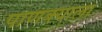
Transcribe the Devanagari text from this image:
पाणक्याला